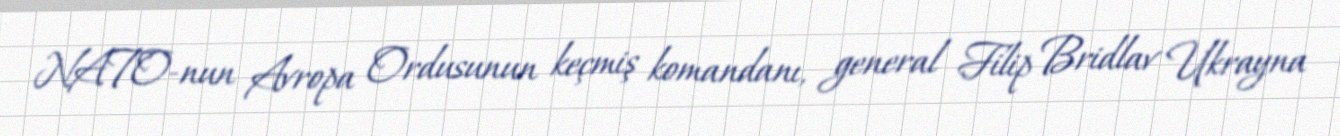
NATO-nun Avropa Ordusunun keçmiş komandanı, general Filip Bridlav Ukrayna